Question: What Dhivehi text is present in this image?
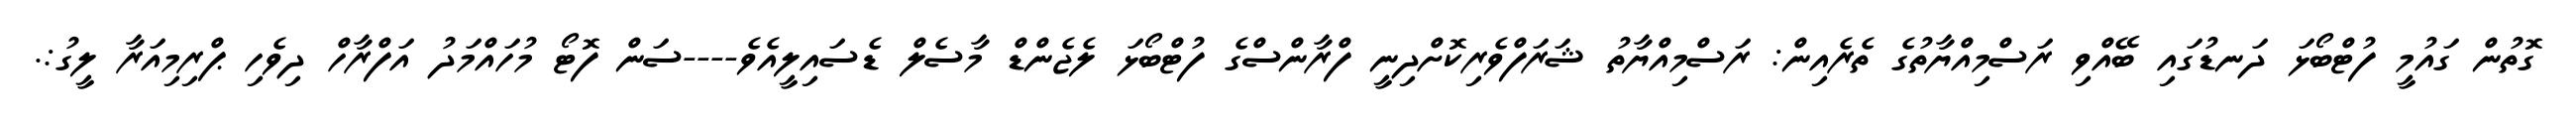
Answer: ގޮތުން ގައުމީ ފުޓްބޯޅަ ދަނޑުގައި ބޭއްވި ރަސްމިއްޔާތުގެ ތެރެއިން: ރަސްމިއްޔާތު ޝަރަފްވެރިކޮށްދިނީ ފްރާންސްގެ ފުޓްބޯޅަ ލެޖެންޑް މާސެލް ޑެސައިލީއެވެ----ސަން ފޮޓޯ މުހައްމަދު އަފްރާހް ދިވެހި ޕްރިމިއަރާ ލީގު:.